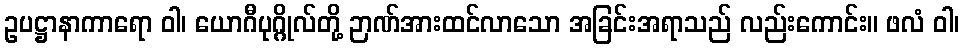
ဥပဋ္ဌာနာကာရော ဝါ၊ ယောဂီပုဂ္ဂိုလ်တို့ ဉာဏ်အားထင်လာသော အခြင်းအရာသည် လည်းကောင်း။ ဖလံ ဝါ၊